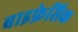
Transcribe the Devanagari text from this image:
बाइफ़ेसिक